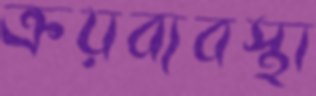
ক্রয়ব্যবস্থা